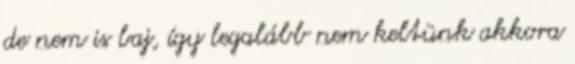
de nem is baj, így legalább nem keltünk akkora